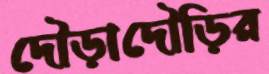
দৌড়াদৌড়ির